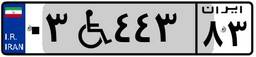
۰۳W۴۴۳۸۳